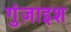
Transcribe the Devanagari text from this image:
गुंज़ाइश